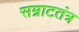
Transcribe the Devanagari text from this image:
सम्राटतंत्र